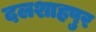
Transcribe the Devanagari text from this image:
दलशाहपुर